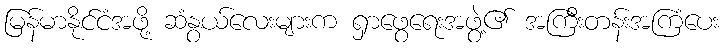
မြန်မာနိုင်ငံအဖို့ ဆံနွယ်လေးများက ရှာဖွေရေးအဖွဲ့၏ အကြီးတန်းအကြံပေး